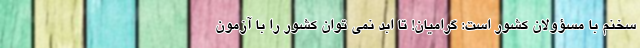
سخنم با مسؤولان کشور است: گرامیان! تا ابد نمی توان کشور را با آزمون